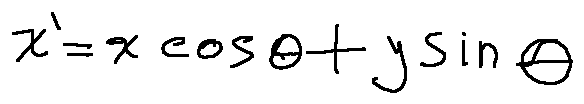
x ^ { \prime } = x \cos \theta + y \sin \theta